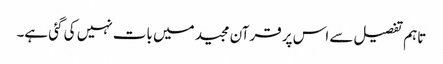
تاہم تفصیل سے اس پر قرآن مجید میں بات نہیں کی گئی ہے۔